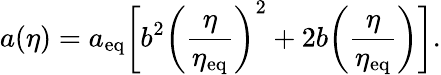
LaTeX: a(\eta)=a_{\mathrm{eq}}\biggl[b^{2}\biggl(\frac{\eta}{\eta_{\mathrm{eq}}}\biggr)^{2}+2b\biggl(\frac{\eta}{\eta_{\mathrm{eq}}}\biggr)\biggr].